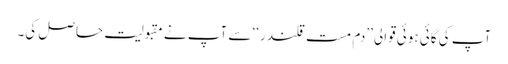
آپ کی گائی ہوئی قوالی ’’دم مست قلندر‘‘ سے آپ نے مقبولیت حاصل کی۔